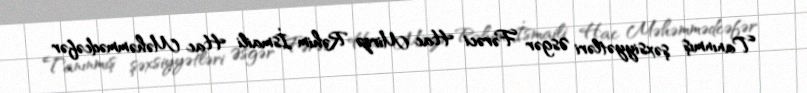
Tanınmış şəxsiyyətləri Əsgər Fərəci Hac Mirzə Rəhim İsmaili Hac Məhəmmədcəfər